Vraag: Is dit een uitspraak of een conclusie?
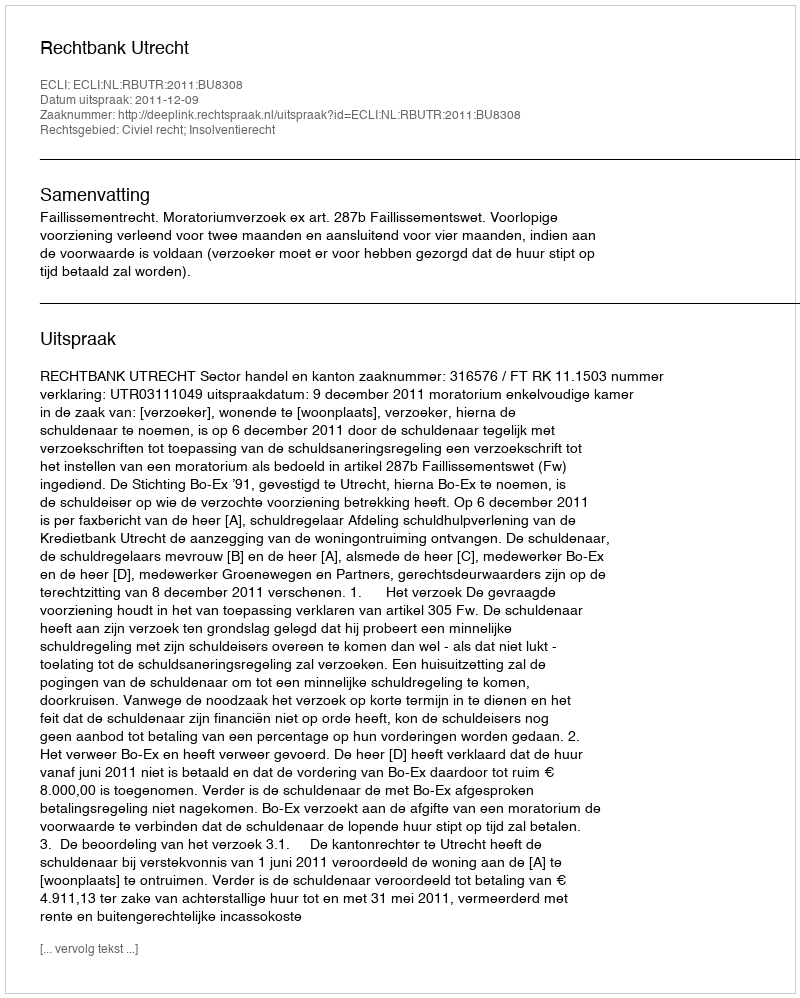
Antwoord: Uitspraak